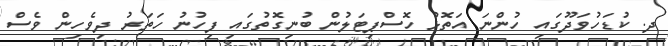
ދ. ކުޑަހުވަދޫގައި ހުންނަ އަތޮޅު ހޮސްޕިޓަލުން ބުނިގޮތުގައި ފިހުނު ހަތަރު ދިވެހިން ވެސް